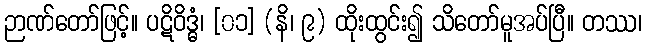
ဉာဏ်တော်ဖြင့်။ ပဋိဝိဒ္ဓံ၊ [၀၁] (နိ၊ ၉) ထိုးထွင်း၍ သိတော်မူအပ်ပြီ။ တဿ၊